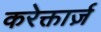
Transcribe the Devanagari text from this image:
करेक्तार्ज़